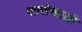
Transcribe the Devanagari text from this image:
सात्तेखाली